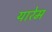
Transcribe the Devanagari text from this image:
यारेम